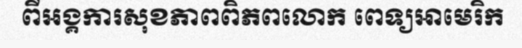
ពីអង្គការសុខភាពពិភពលោក ពេទ្យអាមេរិក